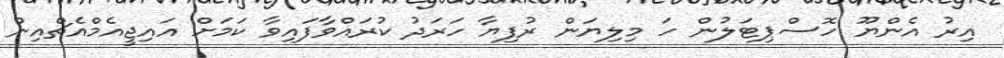
އިރު އެންޔޫ ހޮސްޕިޓަލުން ހަ މިލިޔަން ރުފިޔާ ހަރަދު ކުރައްވާފައިވާ ކަމަށް އައިޖީއެމްއެޗްއިން